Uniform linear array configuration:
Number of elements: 16
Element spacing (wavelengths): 1
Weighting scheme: kaiser
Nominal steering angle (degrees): -45
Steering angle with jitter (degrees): -45.46
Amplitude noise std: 0.05
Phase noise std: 0.05

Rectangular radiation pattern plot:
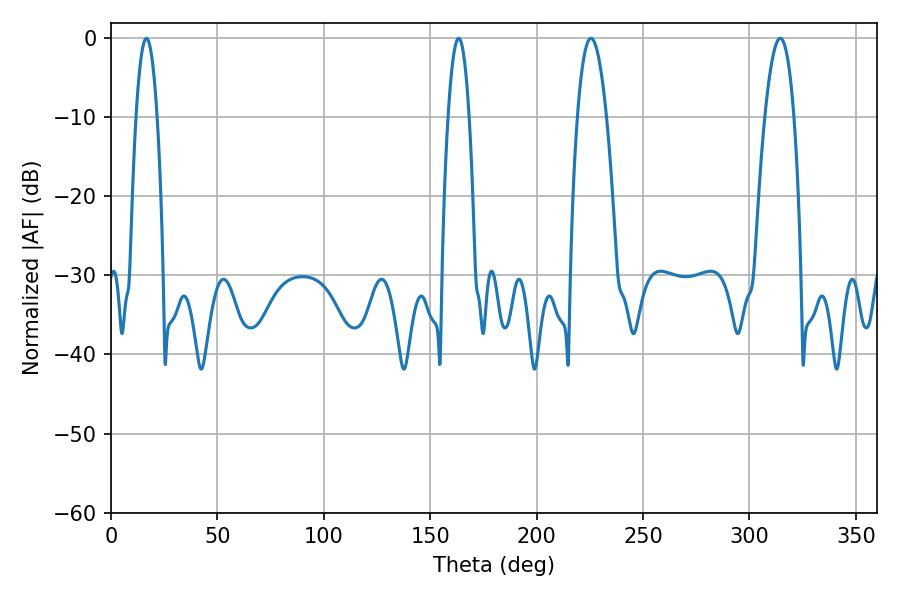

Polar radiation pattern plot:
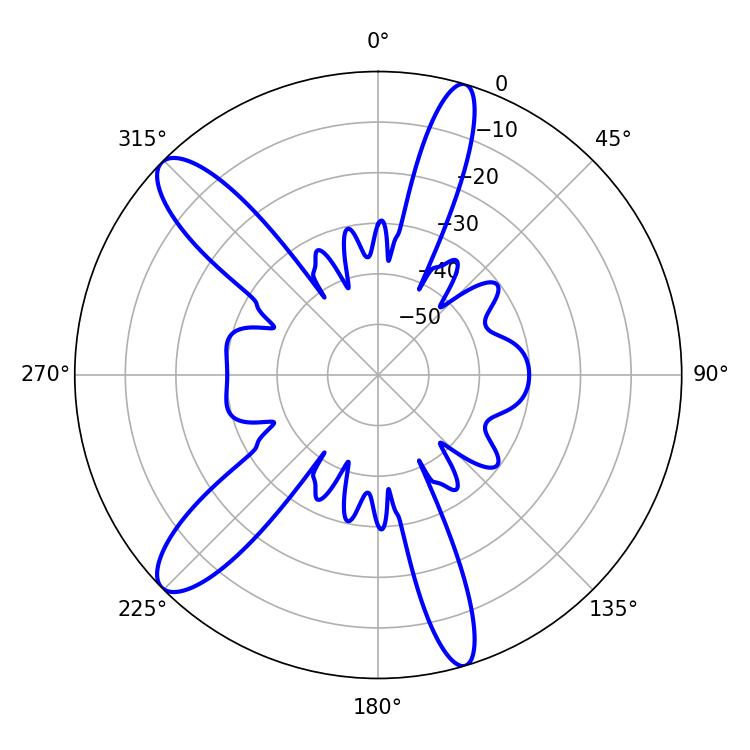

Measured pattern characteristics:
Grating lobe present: TRUE
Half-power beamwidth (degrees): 7.56
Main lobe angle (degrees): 225.54